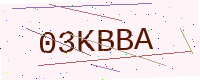
Text: 03KBBA